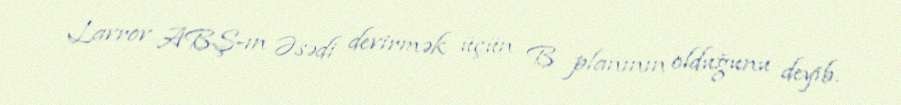
Lavrov ABŞ-ın Əsədi devirmək üçün B planının olduğunu deyib.